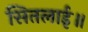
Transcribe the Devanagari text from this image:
सितलाई॥